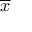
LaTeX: \overline { { x } }